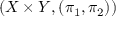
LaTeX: ( X \times Y , ( \pi _ { 1 } , \pi _ { 2 } ) )